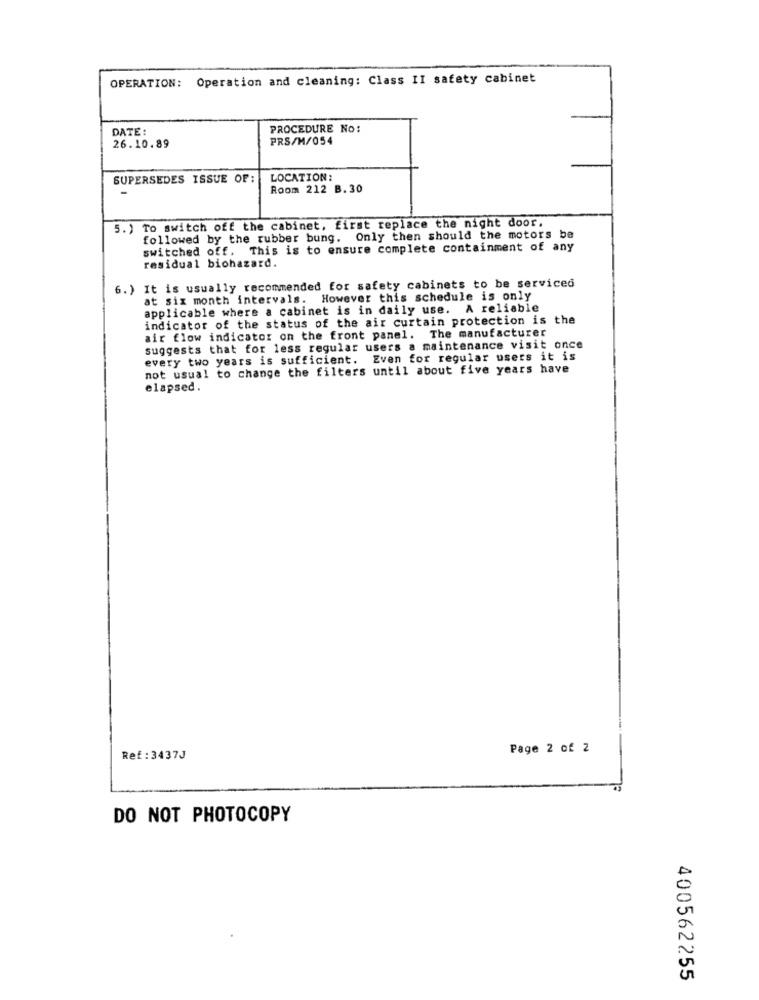
OPERATION: Operation and cleaning: Class II safety cabinet
DATE :
PROCEDURE No:
PRS/M/054
26.10.89
SUPERSEDES ISSUE OF:
LOCATION:
Room 212 B. 30
5. ) To switch off the cabinet, first replace the night door.
followed by the rubber bung. Only then should the motors be
switched off. This is to ensure complete containment of any
residual biohazard.
6. ) It is usually recommended for safety cabinets to be serviced
at six month intervals. However this schedule is only
applicable where a cabinet is in daily use. A reliable
indicator of the status of the air curtain protection is the
air flow indicator on the front panel. The manufacturer
suggests that for less regular users a maintenance visit once
every two years is sufficient. Even for regular users it is
not usual to change the filters until about five years have
elapsed.
Page 2 of 2
Ref : 3437J
DO NOT PHOTOCOPY
400562255